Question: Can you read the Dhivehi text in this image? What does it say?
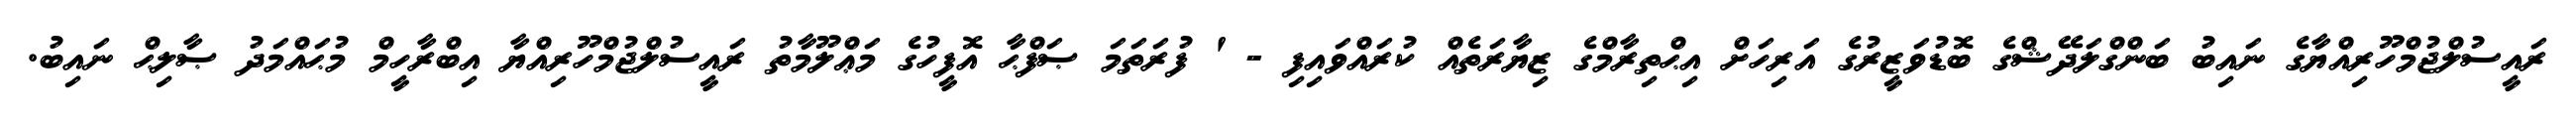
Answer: ރައީސުލްޖުމްހޫރިއްޔާގެ ނައިބު ބަންގްލަދޭޝްގެ ބޮޑުވަޒީރުގެ އަރިހަށް އިޙްތިރާމްގެ ޒިޔާރަތެއް ކުރައްވައިފި - ' ފުރަތަމަ ޞަފްޙާ އޮފީހުގެ މަޢްލޫމާތު ރައީސުލްޖުމްހޫރިއްޔާ އިބްރާހީމް މުޙައްމަދު ޞާލިޙް ނައިބު.